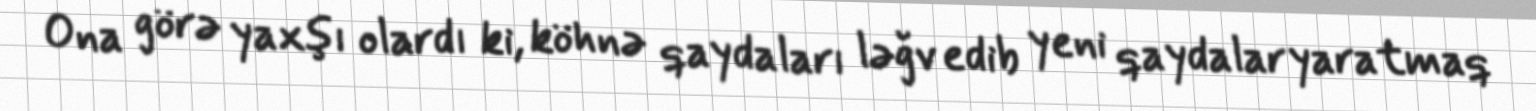
Ona görə yaxşı olardı ki, köhnə qaydaları ləğv edib yeni qaydalar yaratmaq